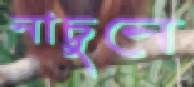
নাচুনে